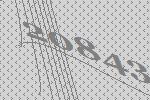
20843